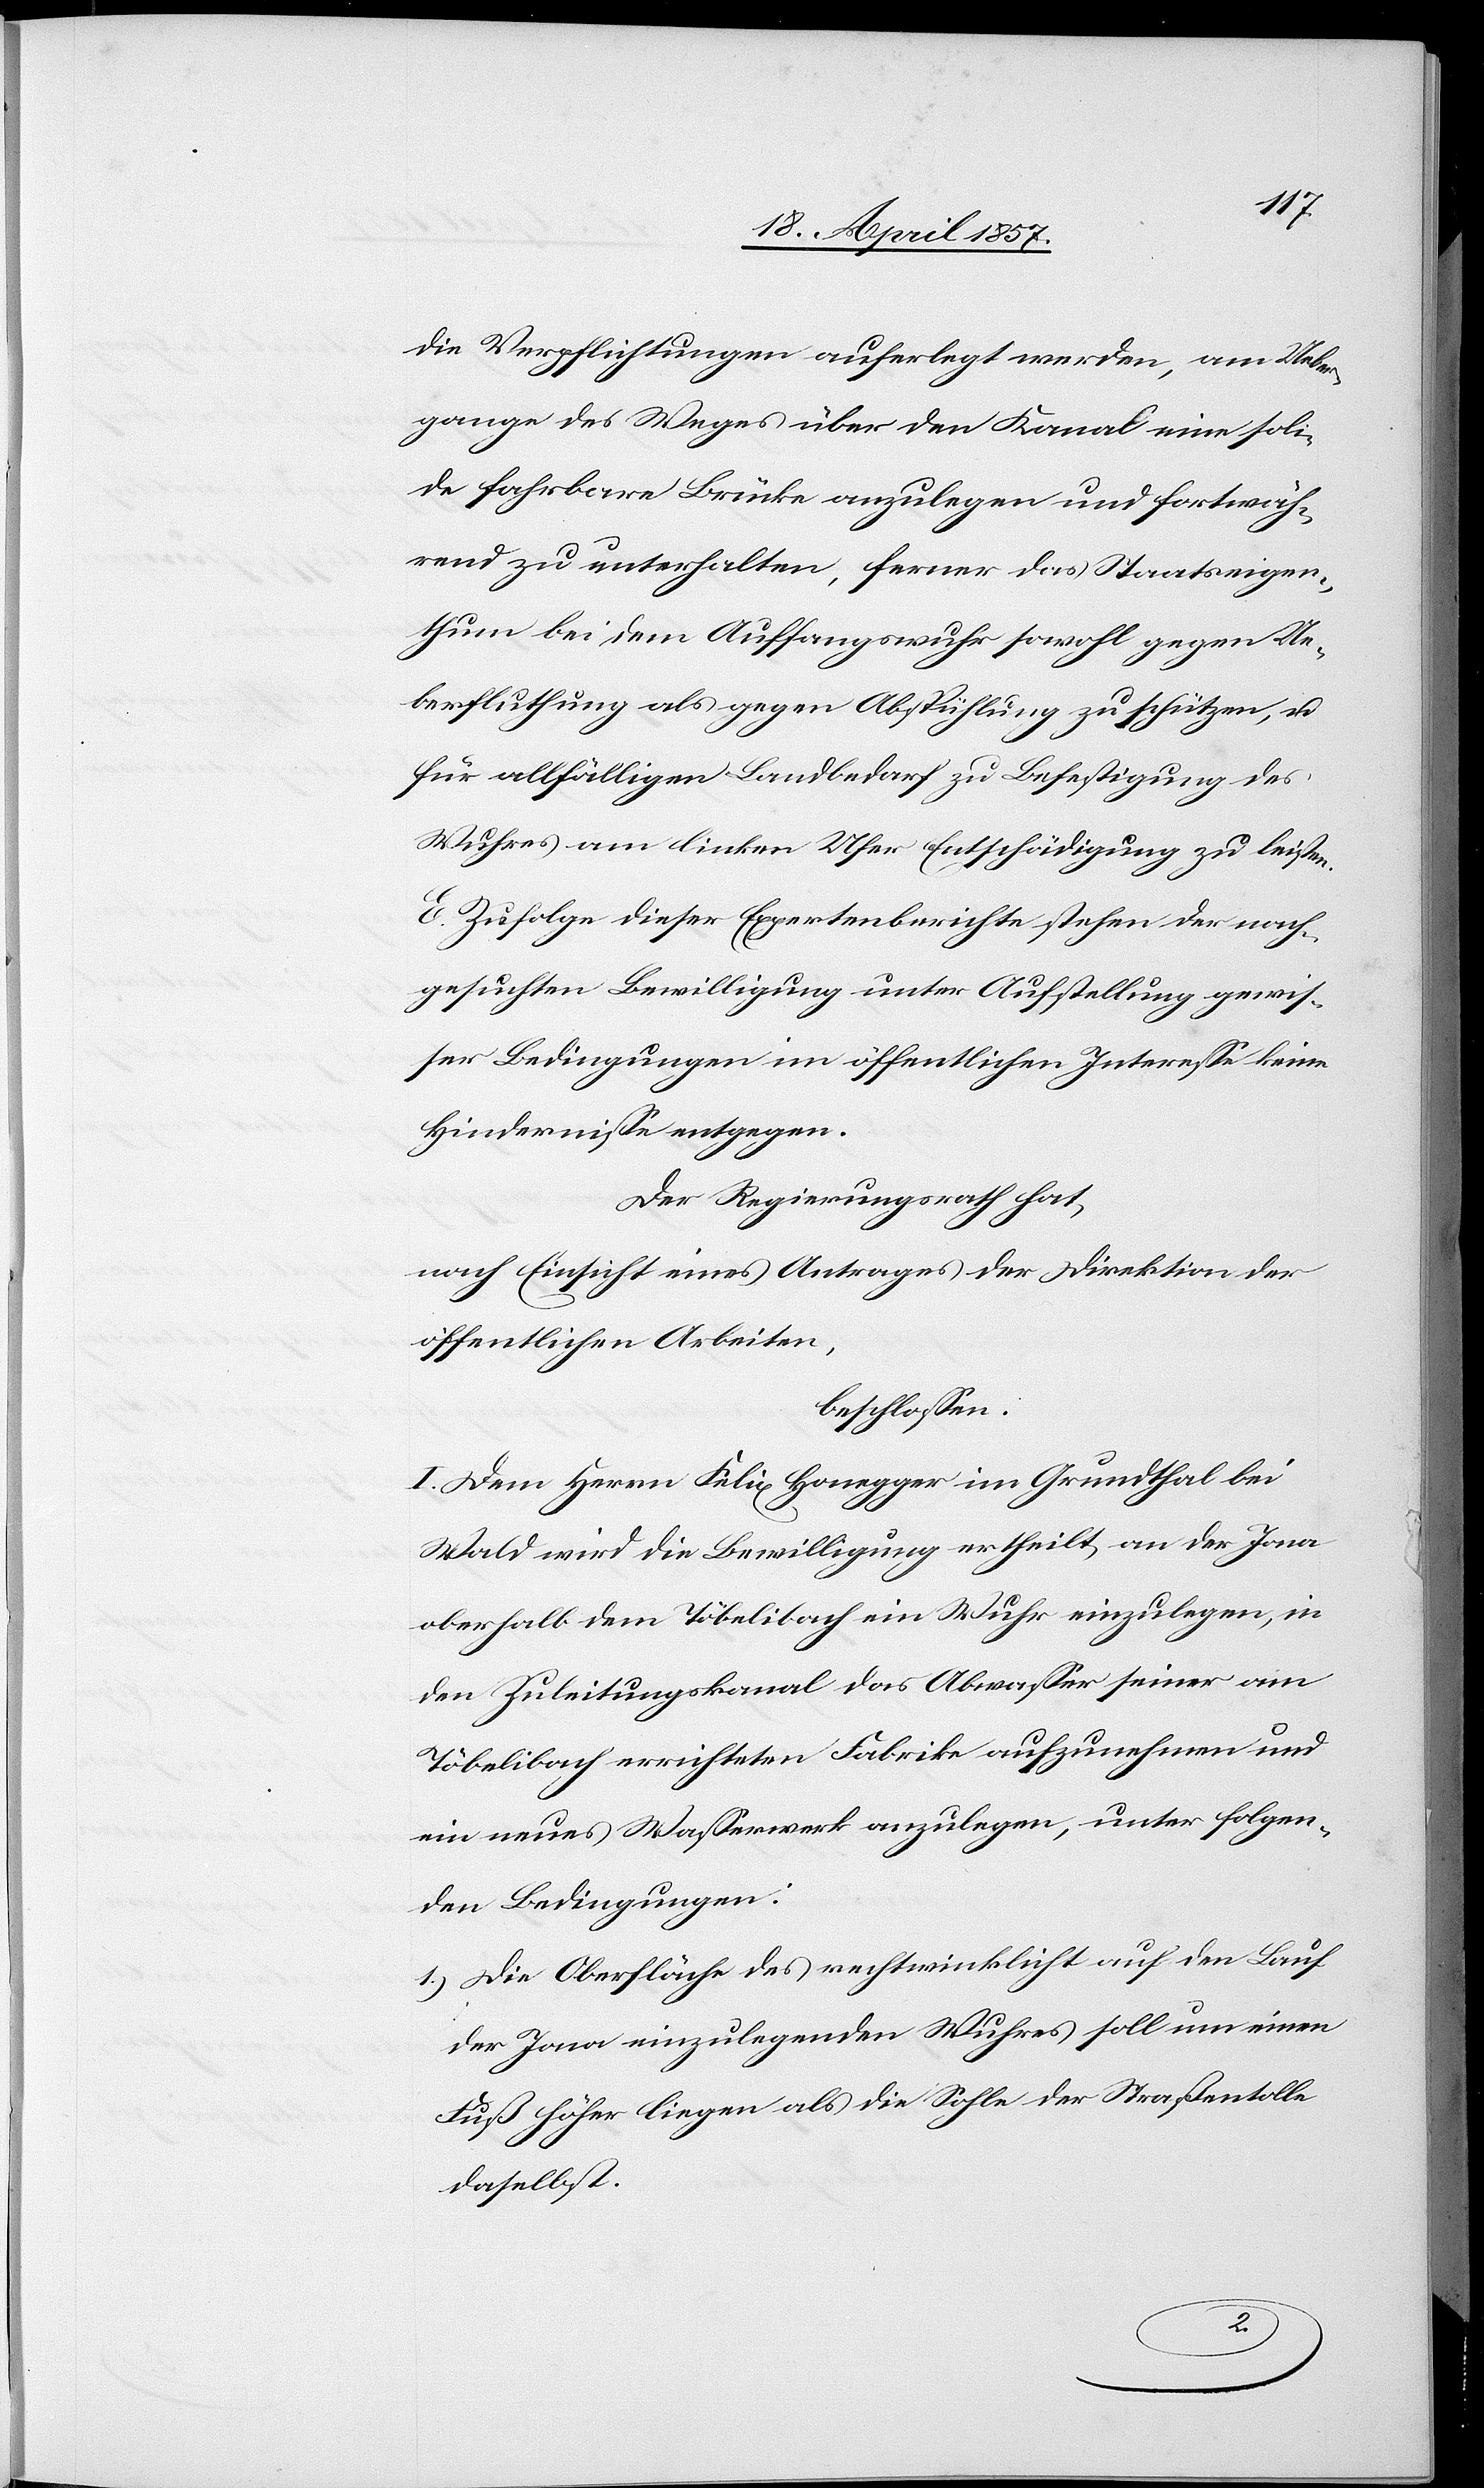
die Verpflichtungen auferlegt werden, am Ueber¬
gange des Weges über den Kanal eine soli¬
de fahrbare Brücke anzulegen und fortwäh¬
rend zu unterhalten, ferner das Staatseigen¬
thum bei dem Auffangswuhr sowohl gegen Ue¬
berfluthung als gegen Abspühlung zu schützen, u.
für allfälligen Landbedarf zu Befestigung des
Wuhres am linken Ufer Entschädigung zu leisten.
E. Zufolge dieser Expertenberichte stehen der nach¬
gesuchten Bewilligung unter Aufstellung gewis¬
ser Bedingungen im öffentlichen Interesse keine
Hindernisse entgegen.
Der Regierungsrath hat,
nach Einsicht eines Antrages der Direktion der
öffentlichen Arbeiten,
beschlossen:
I. Dem Herrn Felix Honegger im Grundthal bei
Wald wird die Bewilligung ertheilt, an der Jona
oberhalb dem Töbelibach ein Wuhr einzulegen, in
den Zuleitungskanal das Abwasser seiner am
Töbelibach errichteten Fabrike aufzunehmen und
ein neues Wasserwerk anzulegen, unter folgen¬
den Bedingungen:
1.) Die Oberfläche des rechtwinklicht auf den Lauf
der Jona einzulegenden Wuhres soll um einen
Fuß höher liegen als die Sohle der Straßentolle
daselbst.